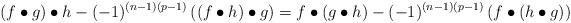
LaTeX: \begin{align*}(f \bullet g ) \bullet h - (-1)^{(n-1)(p-1)}\left((f \bullet h) \bullet g \right) = f \bullet (g \bullet h) - (-1)^{(n-1)(p-1)}\left( f \bullet (h \bullet g) \right)\end{align*}